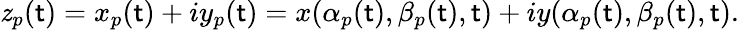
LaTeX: \mathit{z}_{p}(\mathsf{t})=x_{p}(\mathsf{t})+iy_{p}(\mathsf{t})=x(\alpha_{p}(\mathsf{t}),\beta_{p}(\mathsf{t}),\mathsf{t})+iy(\alpha_{p}(\mathsf{t}),\beta_{p}(\mathsf{t}),\mathsf{t}).